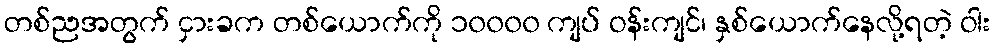
တစ်ညအတွက် ငှားခက တစ်ယောက်ကို ၁၀၀၀၀ ကျပ် ဝန်းကျင်၊ နှစ်ယောက်နေလို့ရတဲ့ ဝါး